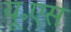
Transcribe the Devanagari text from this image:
यू॰एस